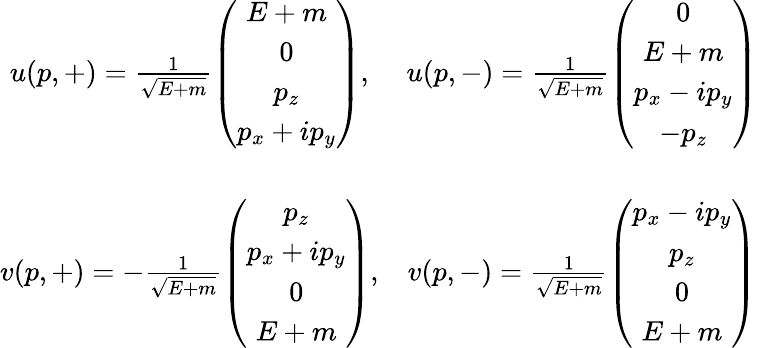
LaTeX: \begin{array}{cc}{{u(p,+)={\frac{1}{\sqrt{E+m}}\left(\begin{array}{c}{{E+m}}\\ {{0}}\\ {{p_{z}}}\\ {{p_{x}+ip_{y}}}\end{array}\right)},}}&{{u(p,-)={\frac{1}{\sqrt{E+m}}\left(\begin{array}{c}{{0}}\\ {{E+m}}\\ {{p_{x}-ip_{y}}}\\ {{-p_{z}}}\end{array}\right)}}}\\ {{}}&{{}}\\ {{v(p,+)={-\frac{1}{\sqrt{E+m}}\left(\begin{array}{c}{{p_{z}}}\\ {{p_{x}+ip_{y}}}\\ {{0}}\\ {{E+m}}\end{array}\right)},}}&{{v(p,-)={\frac{1}{\sqrt{E+m}}\left(\begin{array}{c}{{p_{x}-ip_{y}}}\\ {{p_{z}}}\\ {{0}}\\ {{E+m}}\end{array}\right)}}}\end{array}